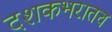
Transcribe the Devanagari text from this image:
दशकभरातच